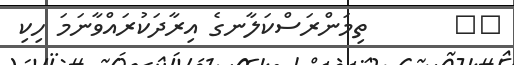
٦٥       ތިމަންރަސްކަލާނގެ އިރާދަކުރައްވާނަމަ ހިކި